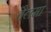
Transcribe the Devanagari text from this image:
वैलमा